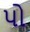
પો